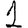
Digit: 1